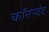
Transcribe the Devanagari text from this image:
कॉनस्टंट